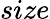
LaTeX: size